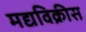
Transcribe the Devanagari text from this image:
मद्यविक्रीस